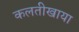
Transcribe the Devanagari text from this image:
कलतीखाया